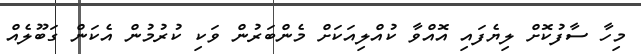
މިހާ ސާފުކޮށް ލިޔެފައި އޮއްވާ ކުއްލިއަކަށް މެންބަރުން ވަކި ކުރުމުން އެކަން ގަބޫލެއް